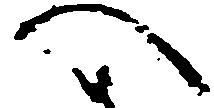
へ